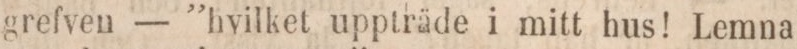
grefven — ”hvilket uppträde i mitt hus! Lemna